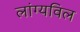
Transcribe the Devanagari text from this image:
लांग्यविल